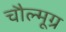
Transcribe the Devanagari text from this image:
चौल्मूग्र